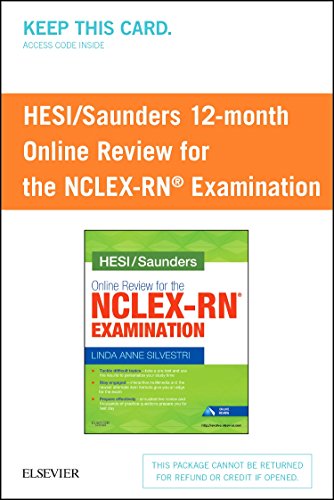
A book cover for HESI/Saunders Online Review for the NCLEX-RN Examination (1 Year) (Access Card), 1e; Linda Anne Silvestri PhD  RN; Medical Books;